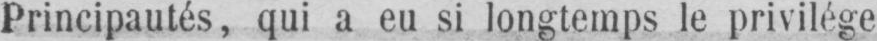
Principautés, qui a eu si longtemps le privilége